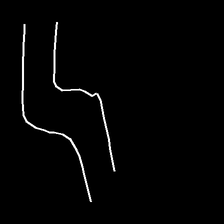
Glyph: float